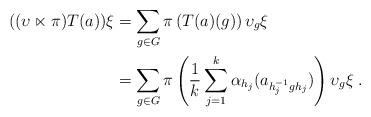
LaTeX: \begin{align*}((\upsilon \ltimes \pi) T(a))\xi &= \sum_{g\in G}\pi \left(T(a)(g)\right)\upsilon_{g}\xi\\&=\sum_{g\in G}\pi\left(\frac{1}{k} \sum_{j = 1}^{k} \alpha_{h_j}(a_{h_{j}^{-1} g h_{j}})\right)\upsilon_g \xi\;.\end{align*}